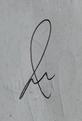
Signature authenticity: genuine